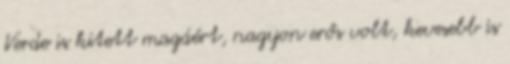
Verde is kitett magáért, nagyon erős volt, kevesebb is